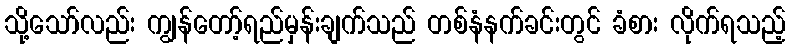
သို့သော်လည်း ကျွန်တော့်ရည်မှန်းချက်သည် တစ်နံနက်ခင်းတွင် ခံစား လိုက်ရသည့်